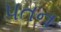
પતન